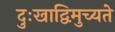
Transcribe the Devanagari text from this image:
दुःखाद्विमुच्यते